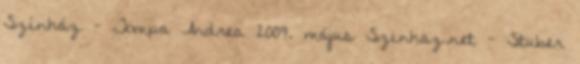
Színház - Tompa Andrea 2009. május Szinhaz.net - Stuber